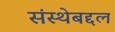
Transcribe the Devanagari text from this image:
संस्थेबद्दल